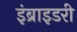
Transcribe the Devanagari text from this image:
इंब्राइडरी